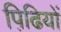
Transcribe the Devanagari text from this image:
पिढि़यों